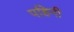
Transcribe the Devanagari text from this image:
पहिनी